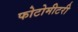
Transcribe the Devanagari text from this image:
फोटोमीटरी